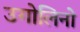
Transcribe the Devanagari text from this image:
उगोलिनो